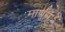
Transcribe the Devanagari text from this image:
माणुस्